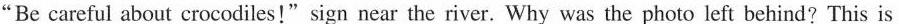
"Be careful about crocodiles!" sign near the river. Why was the photo left behind?This is